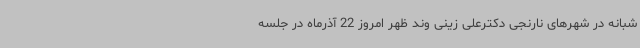
شبانه در شهرهای نارنجی دکترعلی زینی وند ظهر امروز 22 آذرماه در جلسه